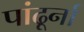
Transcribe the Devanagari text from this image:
पांढूर्ना